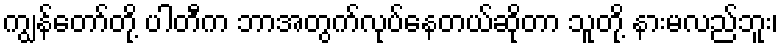
ကျွန်တော်တို့ ပါတီက ဘာအတွက်လုပ်နေတယ်ဆိုတာ သူတို့ နားမလည်ဘူး၊